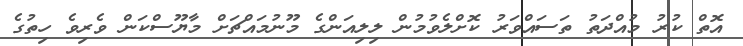
އޮތް ކުރު މުއްދަތު ތަސައްވަރު ކޮށްލެވުމުން ލިލިއަންގެ މޫނުމައްޗަށް މާޔޫސްކަން ވެރިވެ ހިތުގެ